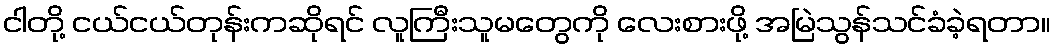
ငါတို့ ငယ်ငယ်တုန်းကဆိုရင် လူကြီးသူမတွေကို လေးစားဖို့ အမြဲသွန်သင်ခံခဲ့ရတာ။